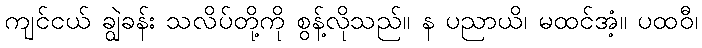
ကျင်ငယ် ချွဲခန်း သလိပ်တို့ကို စွန့်လိုသည်။ န ပညာယိ၊ မထင်အံ့။ ပထဝီ၊